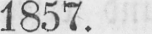
1857.